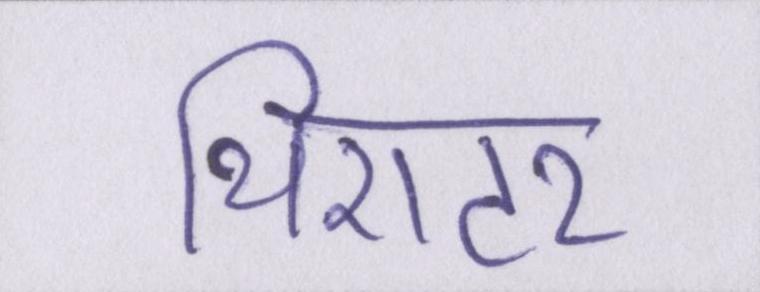
थिएटर